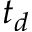
t _ { d }